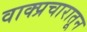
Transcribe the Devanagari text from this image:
वाक्प्रचारातून